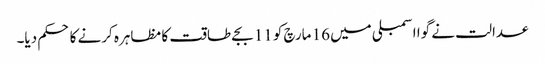
عدالت نے گوا اسمبلی میں 16 مارچ کو 11 بجے طاقت کا مظاہرہ کرنے کا حکم دیا۔